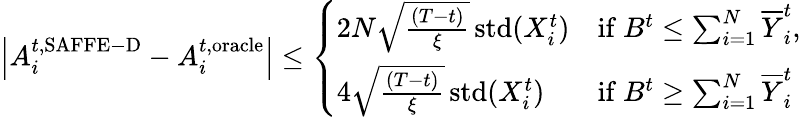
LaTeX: \begin{array}{r}{\left\vert A_{i}^{t,\mathrm{SAFFE-D}}-A_{i}^{t,\mathrm{oracle}}\right\vert\leq\left\{ \begin{array}{ll}{2N\sqrt{\frac{(T-t)}{{\xi}}}\operatorname{std}(X_{i}^{t})}&{\mathrm{if~}B^{t}\leq\sum_{i=1}^{N}\overline{{Y}}_{i}^{t},}\\ {4\sqrt{\frac{(T-t)}{{\xi}}}\operatorname{std}(X_{i}^{t})}&{\mathrm{if~}B^{t}\geq\sum_{i=1}^{N}\overline{{Y}}_{i}^{t}}\end{array}\right.}\end{array}